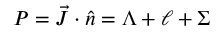
P = \vec { J } \cdot \hat { n } = \Lambda + \ell + \Sigma